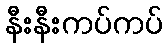
နီးနီးကပ်ကပ်